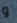
و